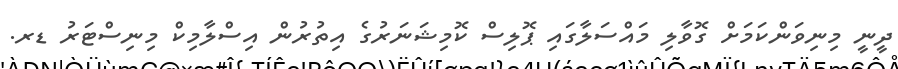
ދީނީ މިނިވަންކަމަށް ގޮވާލި މައްސަލާގައި ޕޮލިސް ކޮމިޝަނަރުގެ އިތުރުން އިސްލާމިކް މިނިސްޓަރު ޑރ.